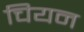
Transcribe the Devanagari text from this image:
चियन